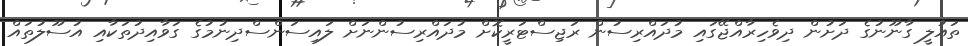
ތައުލީ ގާނޫނުގެ ދަށުން ދިވެހިރާއްޖޭގައި މުދައްރިސުން ރަޖިސްޓަރީކޮށް މުދައްރިސުންނަށް ލައިސަންސްދިނުމުގެ ގަވާއިދުތަކާއި އުސޫލުތައް